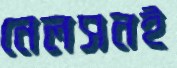
নেলসনই